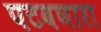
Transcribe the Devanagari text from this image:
पटवणारा